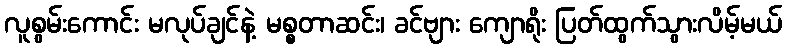
လူစွမ်းကောင်း မလုပ်ချင်နဲ့ မစ္စတာဆင်း၊ ခင်ဗျား ကျောရိုး ပြတ်ထွက်သွားလိမ့်မယ်